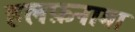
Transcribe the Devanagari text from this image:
हलफ़नामा